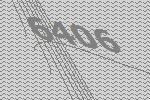
6406